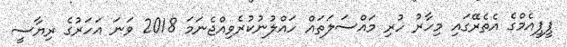
ޕީޕީއެމްގެ އެތެރޭގައި މިހާރު ހުރި މައްސަލަތައް ހައްލުނުކުރެވިއްޖެނަމަ 2018 ވަނަ އަހަރުގެ ރިޔާސީ